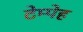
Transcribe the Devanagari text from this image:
टेम्पेह